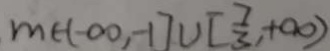
m \in ( - \infty , - 1 ] \cup [ \frac { 7 } { 3 } , + \infty )